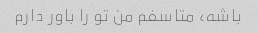
باشه، متاسفم من تو را باور دارم